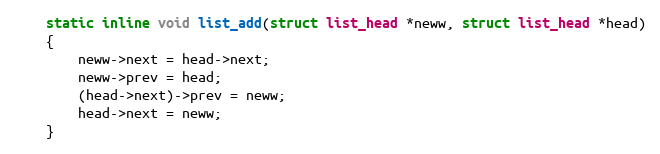
Language: C
	static inline void list_add(struct list_head *neww, struct list_head *head)
	{
		neww->next = head->next;
		neww->prev = head;
		(head->next)->prev = neww;
		head->next = neww;
	}